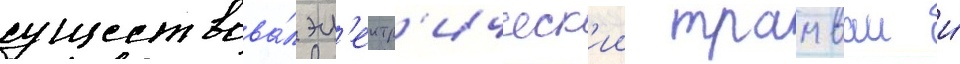
существова́л эл'ектр'ическ'ии трамваи и́